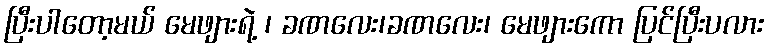
ပြီးပါတော့မယ် မေဖျားရဲ့ ၊ ခဏလေး၊ခဏလေး၊ မေဖျားကော ပြင်ပြီးပလား